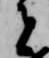
者